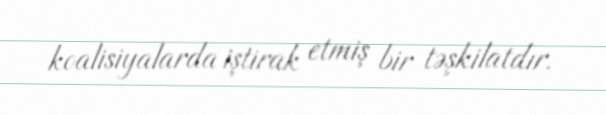
koalisiyalarda iştirak etmiş bir təşkilatdır.